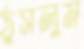
ঠুসলুম